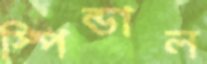
স্পিন্ডাল